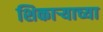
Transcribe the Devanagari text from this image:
शिकाऱ्याच्या